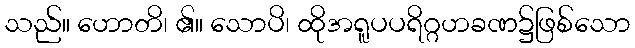
သည်။ ဟောတိ၊ ၏။ သောပိ၊ ထိုအရူပပရိဂ္ဂဟခဏ၌ဖြစ်သော